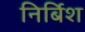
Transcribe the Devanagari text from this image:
निर्बिश